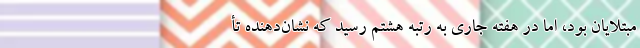
مبتلایان بود، اما در هفته جاری به رتبه هشتم رسید که نشان‌دهنده تأ